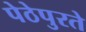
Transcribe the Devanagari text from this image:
पेठेपुरते